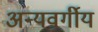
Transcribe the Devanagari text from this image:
अन्यवर्गीय